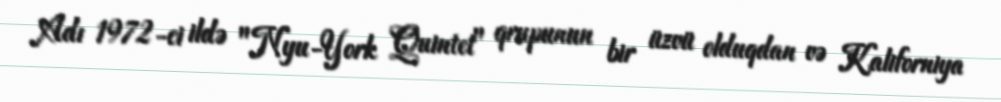
Adı 1972-ci ildə "Nyu-York Quintet" qrupunun bir üzvü olduqdan və Kaliforniya